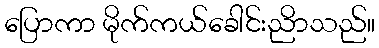
ပြောကာ မိုက်ကယ်ခေါင်းညိာသည်။